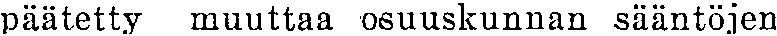
päätetty muuttaa osuuskunnan sääntöjen